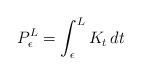
LaTeX: \begin{align*} P_\epsilon^L = \int_\epsilon^L K_t \, dt\end{align*}